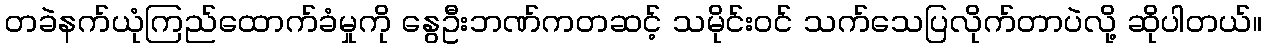
တခဲနက်ယုံကြည်ထောက်ခံမှုကို နွေဦးဘဏ်ကတဆင့် သမိုင်းဝင် သက်သေပြလိုက်တာပဲလို့ ဆိုပါတယ်။